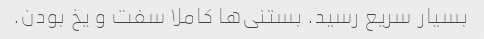
بسیار سریع رسید. بستنی‌ها کاملا سفت و یخ بودن.